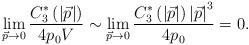
LaTeX: \begin{align*}\lim_{\vec{p}\rightarrow 0}\frac{C_3^{*}\left(\left|\vec{p}\right| \right) }{4p_0V}\sim \lim_{\vec{p}\rightarrow0}\frac{C_3^{*}\left(\left| \vec{p} \right| \right) \left|\vec{p}\right| ^3}{4p_0}=0.\end{align*}